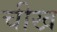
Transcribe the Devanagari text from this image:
चीख